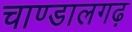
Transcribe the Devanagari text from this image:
चाण्डालगढ़